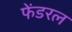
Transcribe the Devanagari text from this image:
फेंडरल